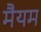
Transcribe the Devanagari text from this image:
मैयम